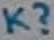
Text: K?